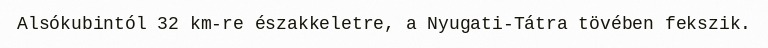
Alsókubintól 32 km-re északkeletre, a Nyugati-Tátra tövében fekszik.